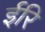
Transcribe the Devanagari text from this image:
ईरि